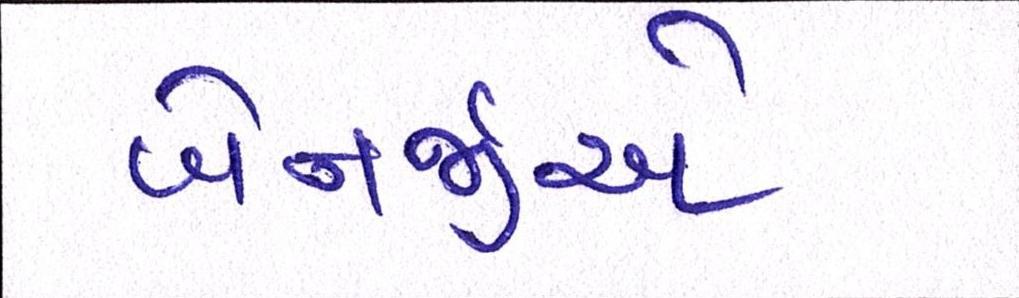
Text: બેનર્જીએ